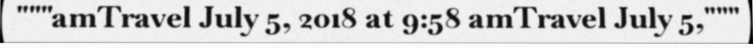
"""amTravel July 5, 2018 at 9:58 amTravel July 5,"""